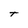
Character: T